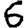
Digit: 6